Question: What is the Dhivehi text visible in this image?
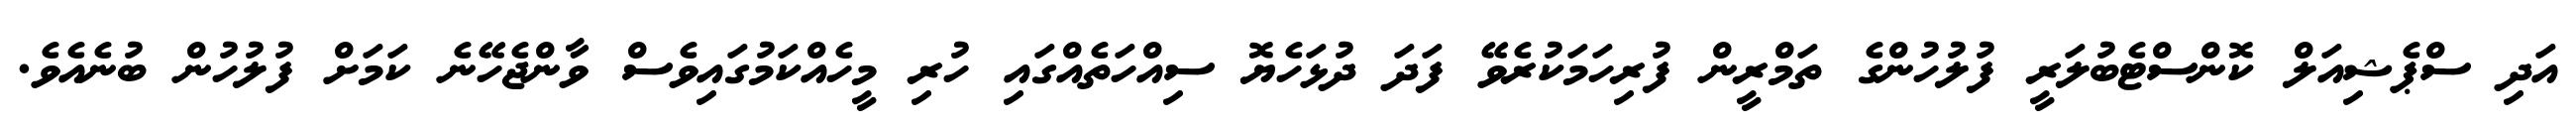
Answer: އަދި ސްޕެޝިއަލް ކޮންސްޓެބުލަރީ ފުލުހުންގެ ތަމްރީން ފުރިހަމަކުރެވޭ ފަދަ ދުޅަހެޔޮ ސިއްހަތެއްގައި ހުރި މީހެއްކަމުގައިވެސް ވާންޖެހޭނެ ކަމަށް ފުލުހުން ބުނެއެވެ.